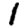
Digit: 1